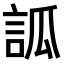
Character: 𧦼